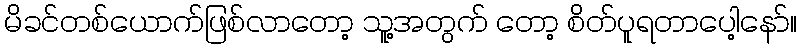
မိခင်တစ်ယောက်ဖြစ်လာတော့ သူ့အတွက် တော့ စိတ်ပူရတာပေါ့နော်။